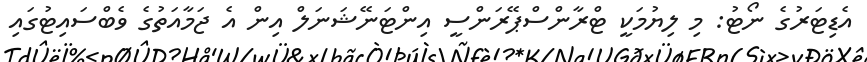
އެޑިޓަރުގެ ނޯޓު: މި ލިޔުމަކީ ޓްރާންސްޕޭރަންސީ އިންޓަނޭޝަނަލް އިން އެ ޖަމާއަތުގެ ވެބްސައިޓުގައި